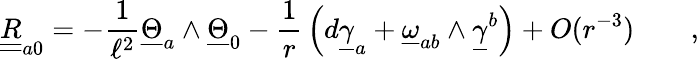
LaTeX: \underline{{{\underline{{R}}}}}_{a0}=-\frac 1{\ell^{2}}\underline{{{\Theta}}}_{a}\wedge\underline{{{\Theta}}}_{0}-{\frac{1}{r}}\left(d\underline{{{\gamma}}}_{a}+\underline{{{\omega}}}_{ab}\wedge\underline{{{\gamma}}}^{b}\right)+O(r^{-3})\qquad,